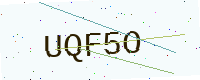
Text: UQF5O